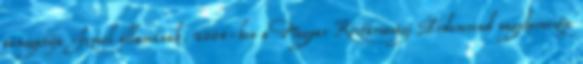
támogatója Izrael államának. 2004-ben a Magyar Köztársasági Érdemrend nagykeresztje